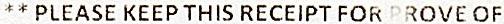
** PLEASE KEEP THIS RECEIPT FOR PROVE OF